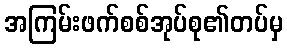
အကြမ်းဖက်စစ်အုပ်စု၏တပ်မှ